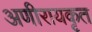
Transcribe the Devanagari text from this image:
अणीरायकृत